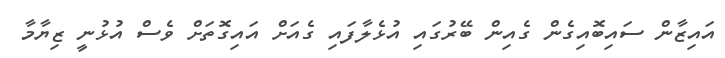
އައިޒާން ސައިބޮއިގެން ގެއިން ބޭރުގައި އުޅެލާފައި ގެއަށް އައިގޮތަށް ވެސް އުޅުނީ ޒިޔާމާ